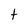
Character: t